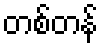
တစ်တန်